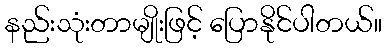
နည်းသုံးတာမျိုးဖြင့် ပြောနိုင်ပါတယ်။